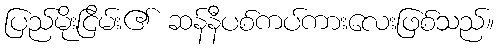
ပြည်မိုးငြိမ်း၏ ဆန်နီပစ်ကပ်ကားလေးဖြစ်သည်။